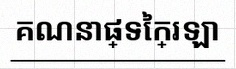
គណនាផ្ទៃក្រឡា